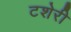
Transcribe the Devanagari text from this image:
टशेरी